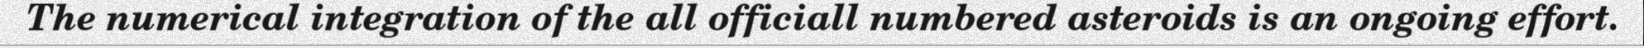
The numerical integration of the all officiall numbered asteroids is an ongoing effort.